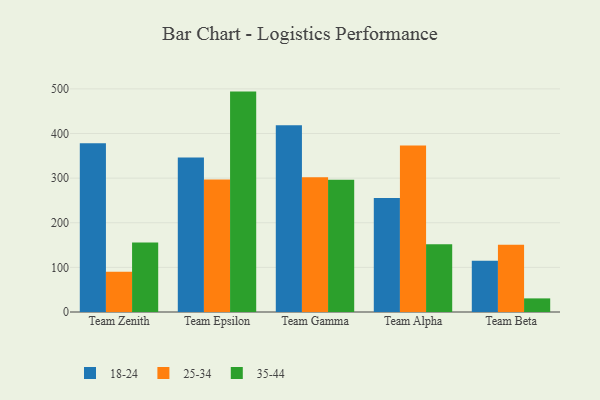
{"axis": {"x": "Team", "y": "Headcount"}, "legend": ["18-24", "25-34", "35-44"], "data": [{"x": "Team Zenith", "y": 377.9, "type": "18-24"}, {"x": "Team Zenith", "y": 90.2, "type": "25-34"}, {"x": "Team Zenith", "y": 155.6, "type": "35-44"}, {"x": "Team Epsilon", "y": 346.3, "type": "18-24"}, {"x": "Team Epsilon", "y": 297.1, "type": "25-34"}, {"x": "Team Epsilon", "y": 493.9, "type": "35-44"}, {"x": "Team Gamma", "y": 418.6, "type": "18-24"}, {"x": "Team Gamma", "y": 302.2, "type": "25-34"}, {"x": "Team Gamma", "y": 296.1, "type": "35-44"}, {"x": "Team Alpha", "y": 255.2, "type": "18-24"}, {"x": "Team Alpha", "y": 373.3, "type": "25-34"}, {"x": "Team Alpha", "y": 151.7, "type": "35-44"}, {"x": "Team Beta", "y": 115.0, "type": "18-24"}, {"x": "Team Beta", "y": 150.6, "type": "25-34"}, {"x": "Team Beta", "y": 30.5, "type": "35-44"}]}